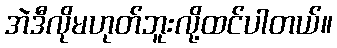
အဲဒီလိုမဟုတ်ဘူးလို့ထင်ပါတယ်။